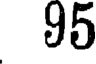
95